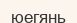
юегянь